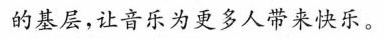
的基层，让音乐为更多人带来快乐。